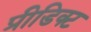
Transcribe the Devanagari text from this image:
प्रीडिक्ट